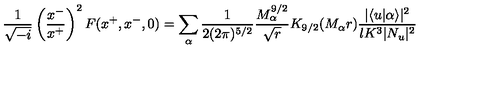
\frac { 1 } { \sqrt { - i } } \left( \frac { x ^ { - } } { x ^ { + } } \right) ^ { 2 } F ( x ^ { + } , x ^ { - } , 0 ) = \sum _ { \alpha } \frac { 1 } { 2 ( 2 \pi ) ^ { 5 / 2 } } \frac { M _ { \alpha } ^ { 9 / 2 } } { \sqrt { r } } K _ { 9 / 2 } ( M _ { \alpha } r ) \frac { | \langle u | \alpha \rangle | ^ { 2 } } { l K ^ { 3 } | N _ { u } | ^ { 2 } }